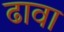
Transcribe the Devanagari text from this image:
ढावा